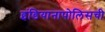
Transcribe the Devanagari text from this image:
इंडियानापोलिसची